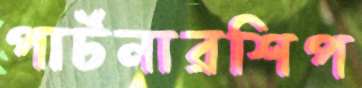
পার্টনারশিপ